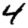
Digit: 4